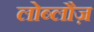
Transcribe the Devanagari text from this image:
लोब्लौज़